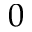
0